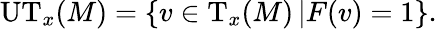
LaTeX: \mathrm{UT}_{x}(M)=\left\{ v\in\mathrm{T}_{x}(M)\left|F(v)=1\right.\right\} .